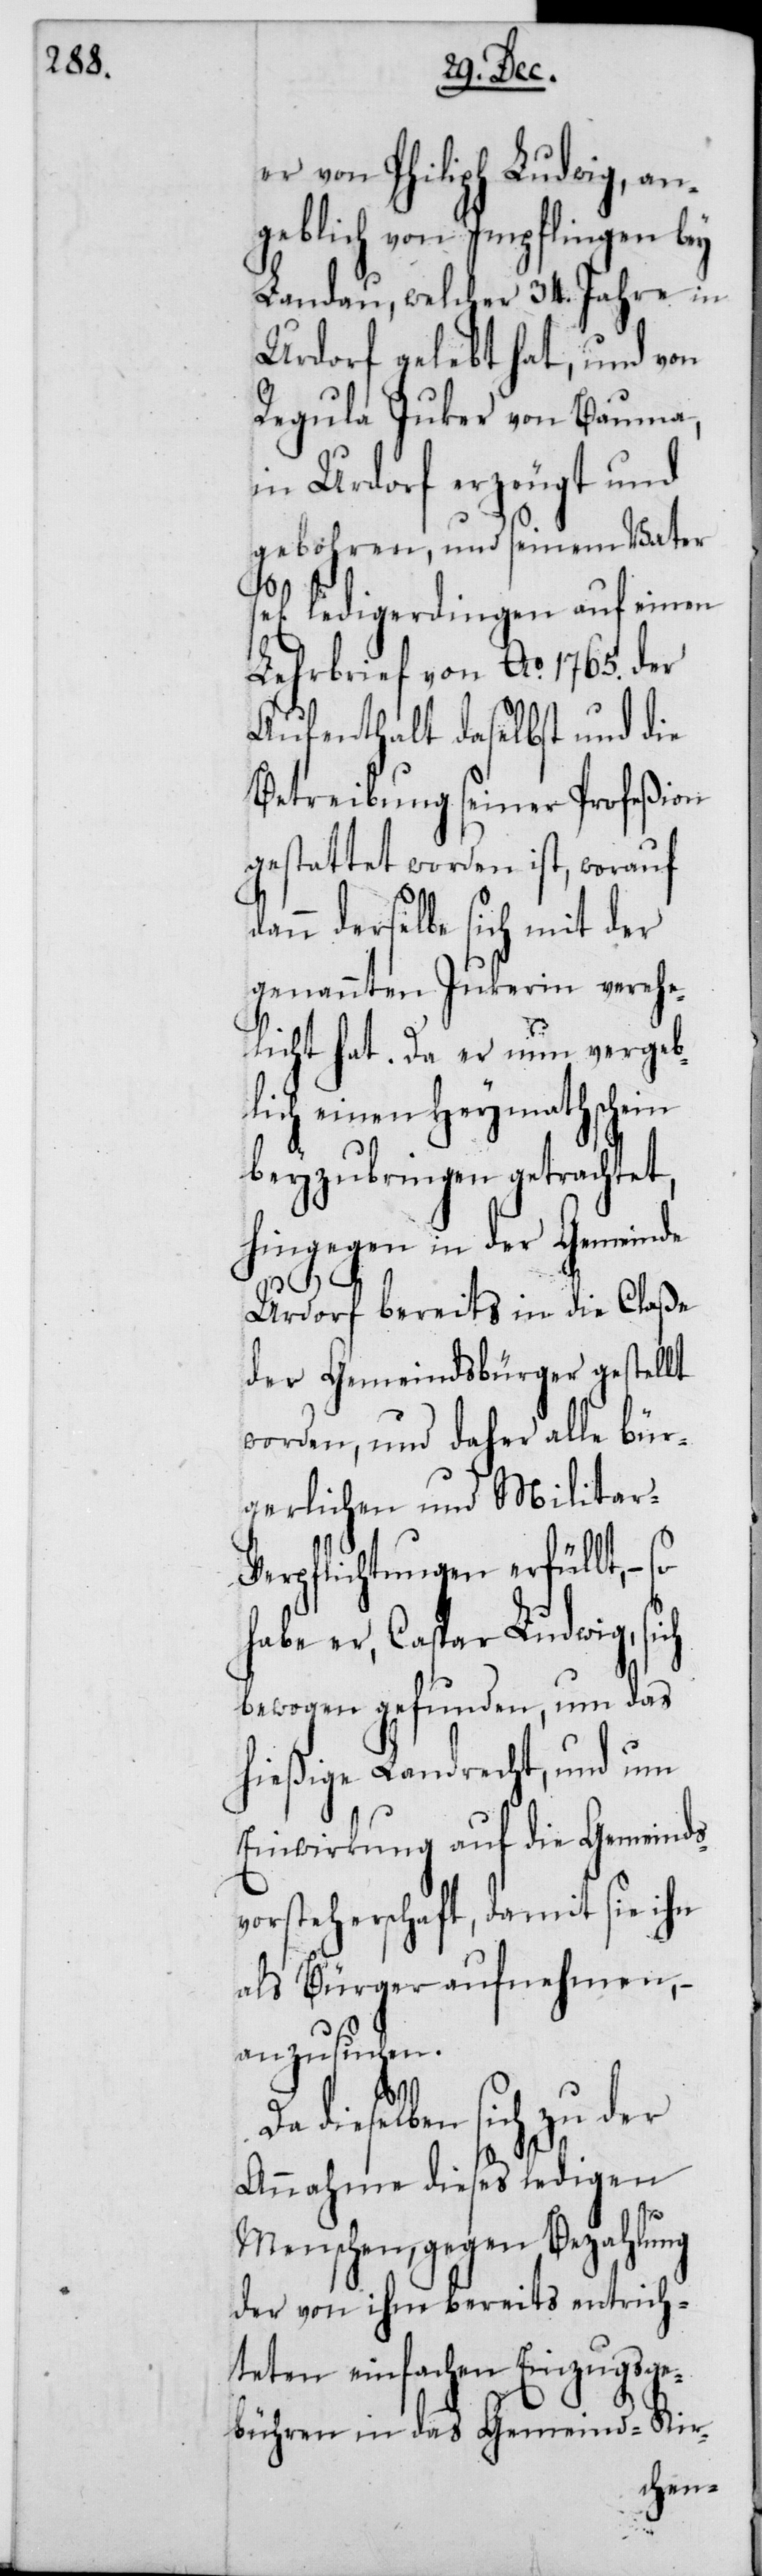
er von Philipp Ludwig, an¬
geblich von Impflingen bey
Landau, welcher 34. Jahre in
Urdorf gelebt hat, und von
Regula Juker von Bauma,
in Urdorf erzeugt und
gebohren, und seinem Vater
ledigerdingen auf einem
Lehrbrief von Ao 1765. der
Aufenthalt daselbst und die
Betreibung seiner Profeßion
gestattet worden ist, worauf
dann derselbe sich mit der
genannten Jukerin verehe¬
licht hat. Da er nun vergeb¬
lich einen Heymathschein
beyzubringen getrachtet,
hingegen in der Gemeinde
Urdorf bereits in die Claße
der Gemeindsbürger gestellt
worden, und daher alle bür¬
gerlichen und Militar-V¬
erpflichtungen erfüllt, –
habe er, Caspar Ludwig, sich
bewogen gefunden, um das
hießige Landrecht und um
Einwirkung auf die Gemeinds¬
vorsteherschaft, damit sie ihn
als Bürger aufnehmen, –
anzusuchen.
dieselben sich zu der
Annahme dieses ledigen
Menschen, gegen Bezahlung
der von ihm bereits entrich¬
teten einfachen Einzugsge¬
bühren in das Gemeind-[,]